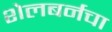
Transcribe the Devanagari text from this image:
शेलबर्नचा